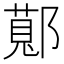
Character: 𬪖